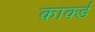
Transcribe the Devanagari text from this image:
कार्क्ड